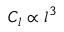
C _ { l } \propto l ^ { 3 }